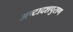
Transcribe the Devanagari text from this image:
अष्टादशपुराण